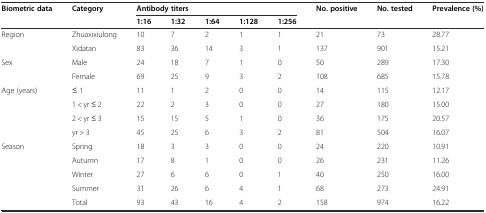
| <ROWSPAN=2> Biometric data | <ROWSPAN=2> Category | <COLSPAN=5> Antibody titers | <ROWSPAN=2> No. positive | <ROWSPAN=2> No. tested | <ROWSPAN=2> Prevalence (%) |
 | 1:16 | 1:32 | 1:64 | 1:128 | 1:256 |
 | --- | --- | --- | --- | --- | --- | --- | --- | --- | --- |
 | Region | Zhuaxixiulong | 10 | 7 | 2 | 1 | 1 | 21 | 73 | 28.77 |
 |  | Xidatan | 83 | 36 | 14 | 3 | 1 | 137 | 901 | 15.21 |
 | Sex | Male | 24 | 18 | 7 | 1 | 0 | 50 | 289 | 17.30 |
 |  | Female | 69 | 25 | 9 | 3 | 2 | 108 | 685 | 15.78 |
 | Age (years) | ≤ 1 | 11 | 1 | 2 | 0 | 0 | 14 | 115 | 12.17 |
 |  | 1 < yr ≤ 2 | 22 | 2 | 3 | 0 | 0 | 27 | 180 | 15.00 |
 |  | 2 < yr ≤ 3 | 15 | 15 | 5 | 1 | 0 | 36 | 175 | 20.57 |
 |  | yr > 3 | 45 | 25 | 6 | 3 | 2 | 81 | 504 | 16.07 |
 | Season | Spring | 18 | 3 | 3 | 0 | 0 | 24 | 220 | 10.91 |
 |  | Autumn | 17 | 8 | 1 | 0 | 0 | 26 | 231 | 11.26 |
 |  | Winter | 27 | 6 | 6 | 0 | 1 | 40 | 250 | 16.00 |
 |  | Summer | 31 | 26 | 6 | 4 | 1 | 68 | 273 | 24.91 |
 |  | Total | 93 | 43 | 16 | 4 | 2 | 158 | 974 | 16.22 |